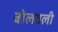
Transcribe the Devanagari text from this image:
बोलवली